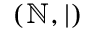
( \mathbb { N } , | )